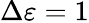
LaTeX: \Delta\varepsilon=1